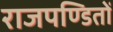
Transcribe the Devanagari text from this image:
राजपण्डितों